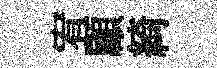
宥顧綺